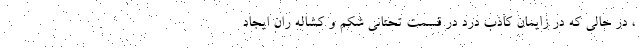
، در حالی که در زایمان کاذب درد در قسمت تحتانی شکم و کشاله ران ایجاد